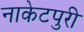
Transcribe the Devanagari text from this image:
नाकेटपुरी